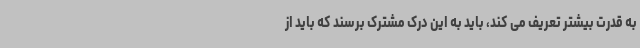
به قدرت بیشتر تعریف می کند، باید به این درک مشترک برسند که باید از